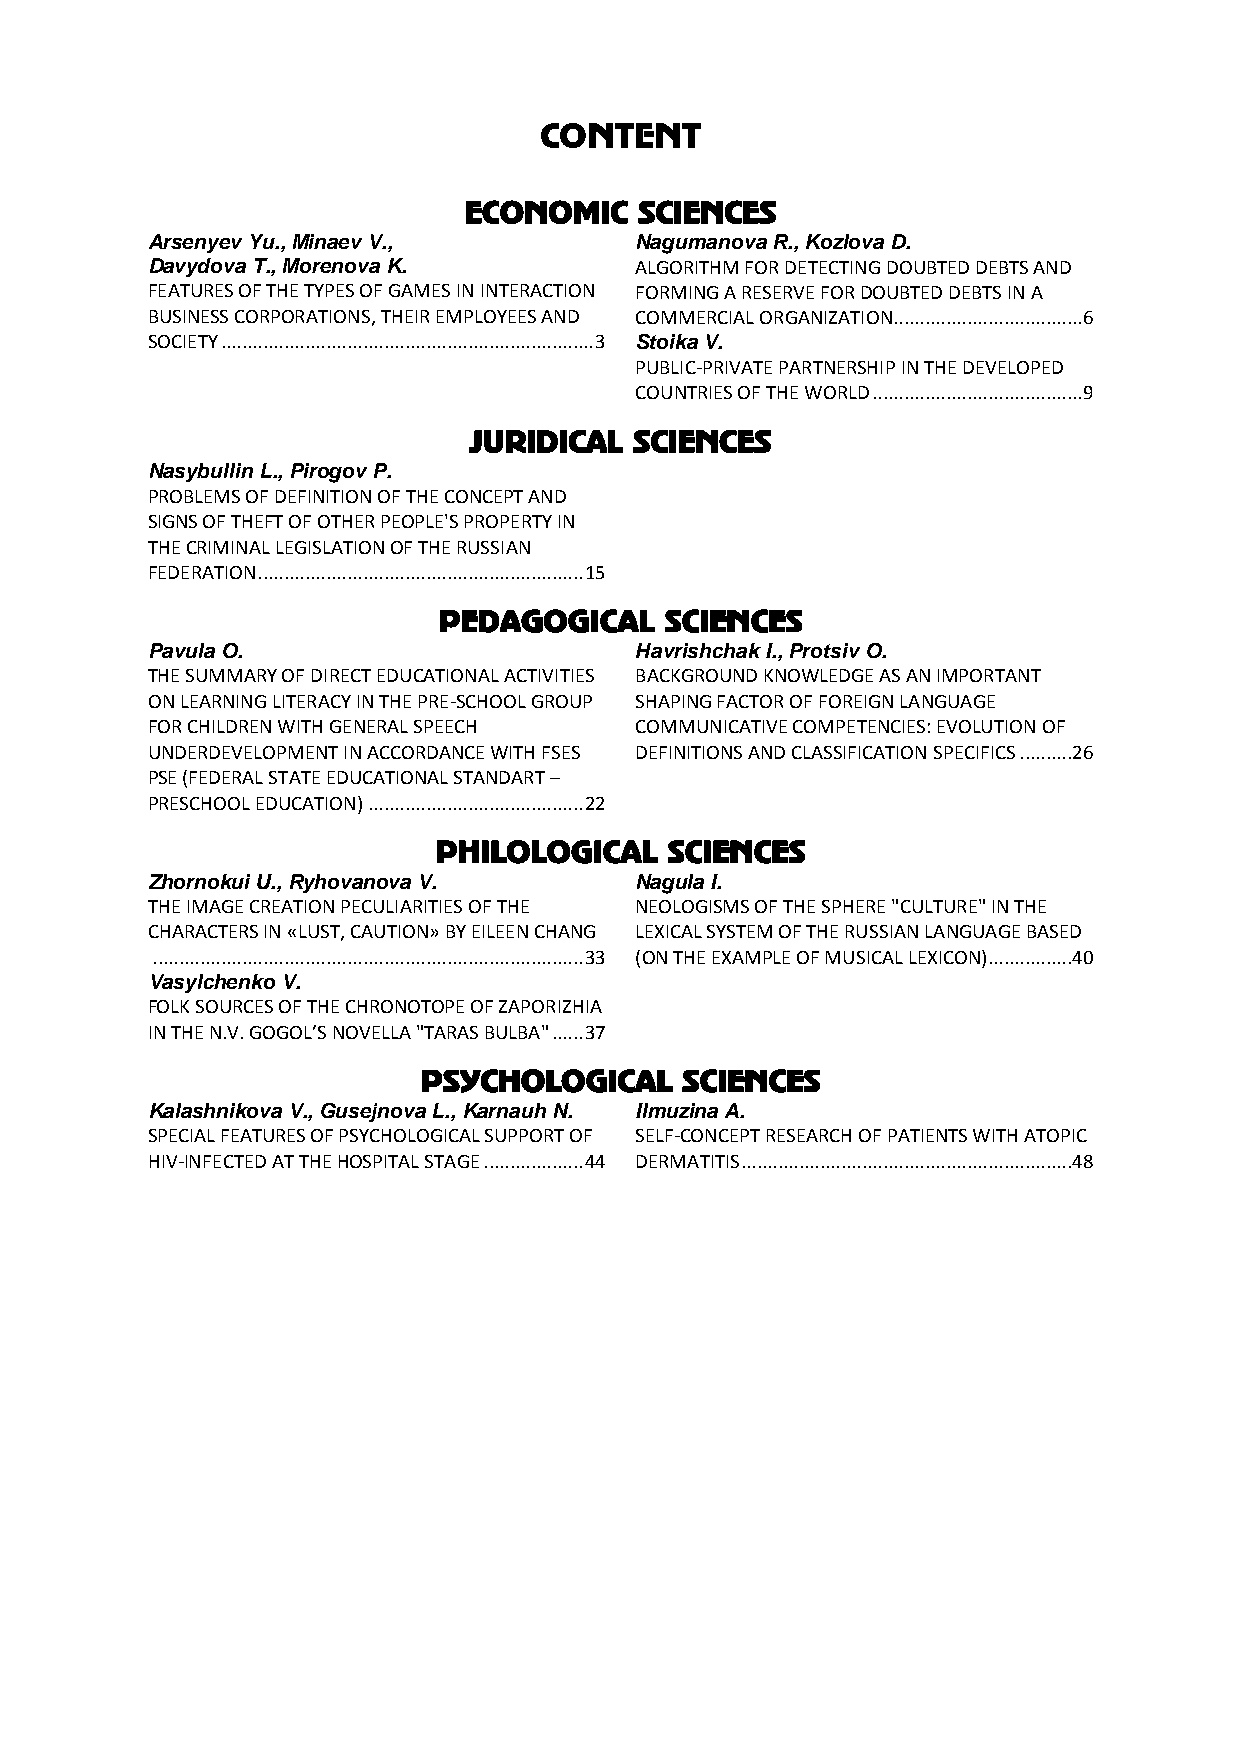
CONTENT
 ECONOMIC   SCIENCES
 Arsenyev Yu., Minaev V.,        Nagumanova R., Kozlova D.
 Davydova T., Morenova K.        ALGORITHM FOR DETECTING DOUBTED DEBTS AND
 FEATURES OF THE TYPES OF GAMES IN INTERACTION FORMING A RESERVE FOR DOUBTED DEBTS IN A
 BUSINESS CORPORATIONS, THEIR EMPLOYEES AND COMMERCIAL ORGANIZATION.................................... 6
 SOCIETY ....................................................................... 3 Stoika V.
 PUBLIC-PRIVATE PARTNERSHIP IN THE DEVELOPED
 COUNTRIES OF THE WORLD ........................................ 9
 JURIDICAL  SCIENCES
 Nasybullin L., Pirogov P.
 PROBLEMS OF DEFINITION OF THE CONCEPT AND
 SIGNS OF THEFT OF OTHER PEOPLE'S PROPERTY IN
 THE CRIMINAL LEGISLATION OF THE RUSSIAN
 FEDERATION .............................................................. 15
 PEDAGOGICAL    SCIENCES
 Pavula O.                       Нavrishchak I., Protsiv O.
 THE SUMMARY OF DIRECT EDUCATIONAL ACTIVITIES BACKGROUND KNOWLEDGE AS AN IMPORTANT
 ON LEARNING LITERACY IN THE PRE-SCHOOL GROUP SHAPING FACTOR OF FOREIGN LANGUAGE
 FOR CHILDREN WITH GENERAL SPEECH COMMUNICATIVE COMPETENCIES: EVOLUTION OF
 UNDERDEVELOPMENT IN ACCORDANCE WITH FSES DEFINITIONS AND CLASSIFICATION SPECIFICS .......... 26
 PSE (FEDERAL STATE EDUCATIONAL STANDART –
 PRESCHOOL EDUCATION) ......................................... 22
 PHILOLOGICAL   SCIENCES
 Zhornokui U., Ryhovanova V.     Nagula I.
 THE IMAGE CREATION PECULIARITIES OF THE NEOLOGISMS OF THE SPHERE "CULTURE" IN THE
 CHARACTERS IN «LUST, CAUTION» BY EILEEN CHANG LEXICAL SYSTEM OF THE RUSSIAN LANGUAGE BASED
 .................................................................................. 33 (ON THE EXAMPLE OF MUSICAL LEXICON)................ 40
 Vasylchenko V.
 FOLK SOURCES OF THE CHRONOTOPE OF ZAPORIZHIA
 IN THE N.V. GOGOL’S NOVELLA "TARAS BULBA" ...... 37
 PSYCHOLOGICAL    SCIENCES
 Kalashnikova V., Gusejnova L., Karnauh N. Ilmuzina A.
 SPECIAL FEATURES OF PSYCHOLOGICAL SUPPORT OF SELF-CONCEPT RESEARCH OF PATIENTS WITH ATOPIC
 HIV-INFECTED AT THE HOSPITAL STAGE ................... 44 DERMATITIS ............................................................... 48